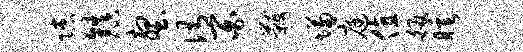
隙镇壑侑百黻慊庭值皈睡